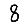
Digit: 8